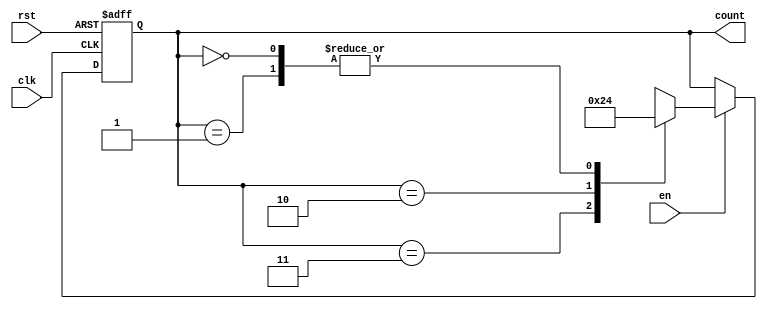
module down_counter (
    input wire clk,         // Clock signal
    input wire rst,         // Asynchronous reset signal
    input wire en,          // Enable signal
    output reg [1:0] count  // 2-bit output representing the current count value
);

    // State encoding
    localparam S3 = 2'b11;  // State 3
    localparam S2 = 2'b10;  // State 2
    localparam S1 = 2'b01;  // State 1
    localparam S0 = 2'b00;  // State 0

    // Current state and next state
    reg [1:0] current_state;

    // State transition logic
    always @(posedge clk or posedge rst) begin
        if (rst) begin
            current_state <= S3; // Reset to maximum count
        end else if (en) begin
            case (current_state)
                S3: current_state <= S2;
                S2: current_state <= S1;
                S1: current_state <= S0;
                S0: current_state <= S0; // Remain in S0
                default: current_state <= S3; // Default case
            endcase
        end
    end

    // Output logic
    always @(current_state) begin
        count <= current_state; // Output is the current state
    end

endmodule